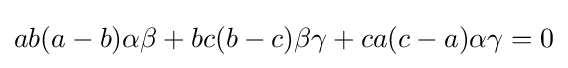
ab(a-b)\alpha \beta +bc(b-c)\beta \gamma +ca(c-a)\alpha \gamma =0